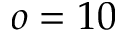
o = 1 0